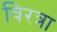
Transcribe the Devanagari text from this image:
विरत्रा